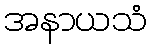
အနာယသံ